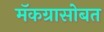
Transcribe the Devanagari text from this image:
मॅकग्रासोबत